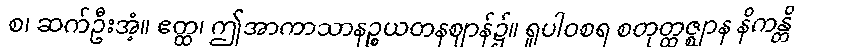
စ၊ ဆက်ဦးအံ့။ ဧတ္ထ၊ ဤအာကာသာနဉ္စယတနဈာန်၌။ ရူပါဝစရ စတုတ္ထဇ္ဈာန နိကန္တိ